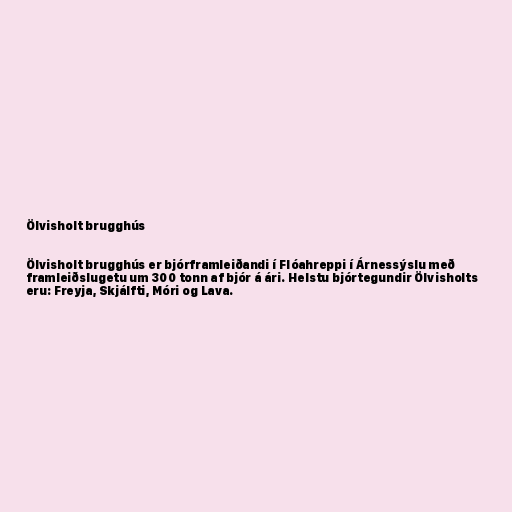
Ölvisholt brugghús

Ölvisholt brugghús er bjórframleiðandi í Flóahreppi í Árnessýslu með
framleiðslugetu um 300 tonn af bjór á ári. Helstu bjórtegundir Ölvisholts
eru: Freyja, Skjálfti, Móri og Lava.